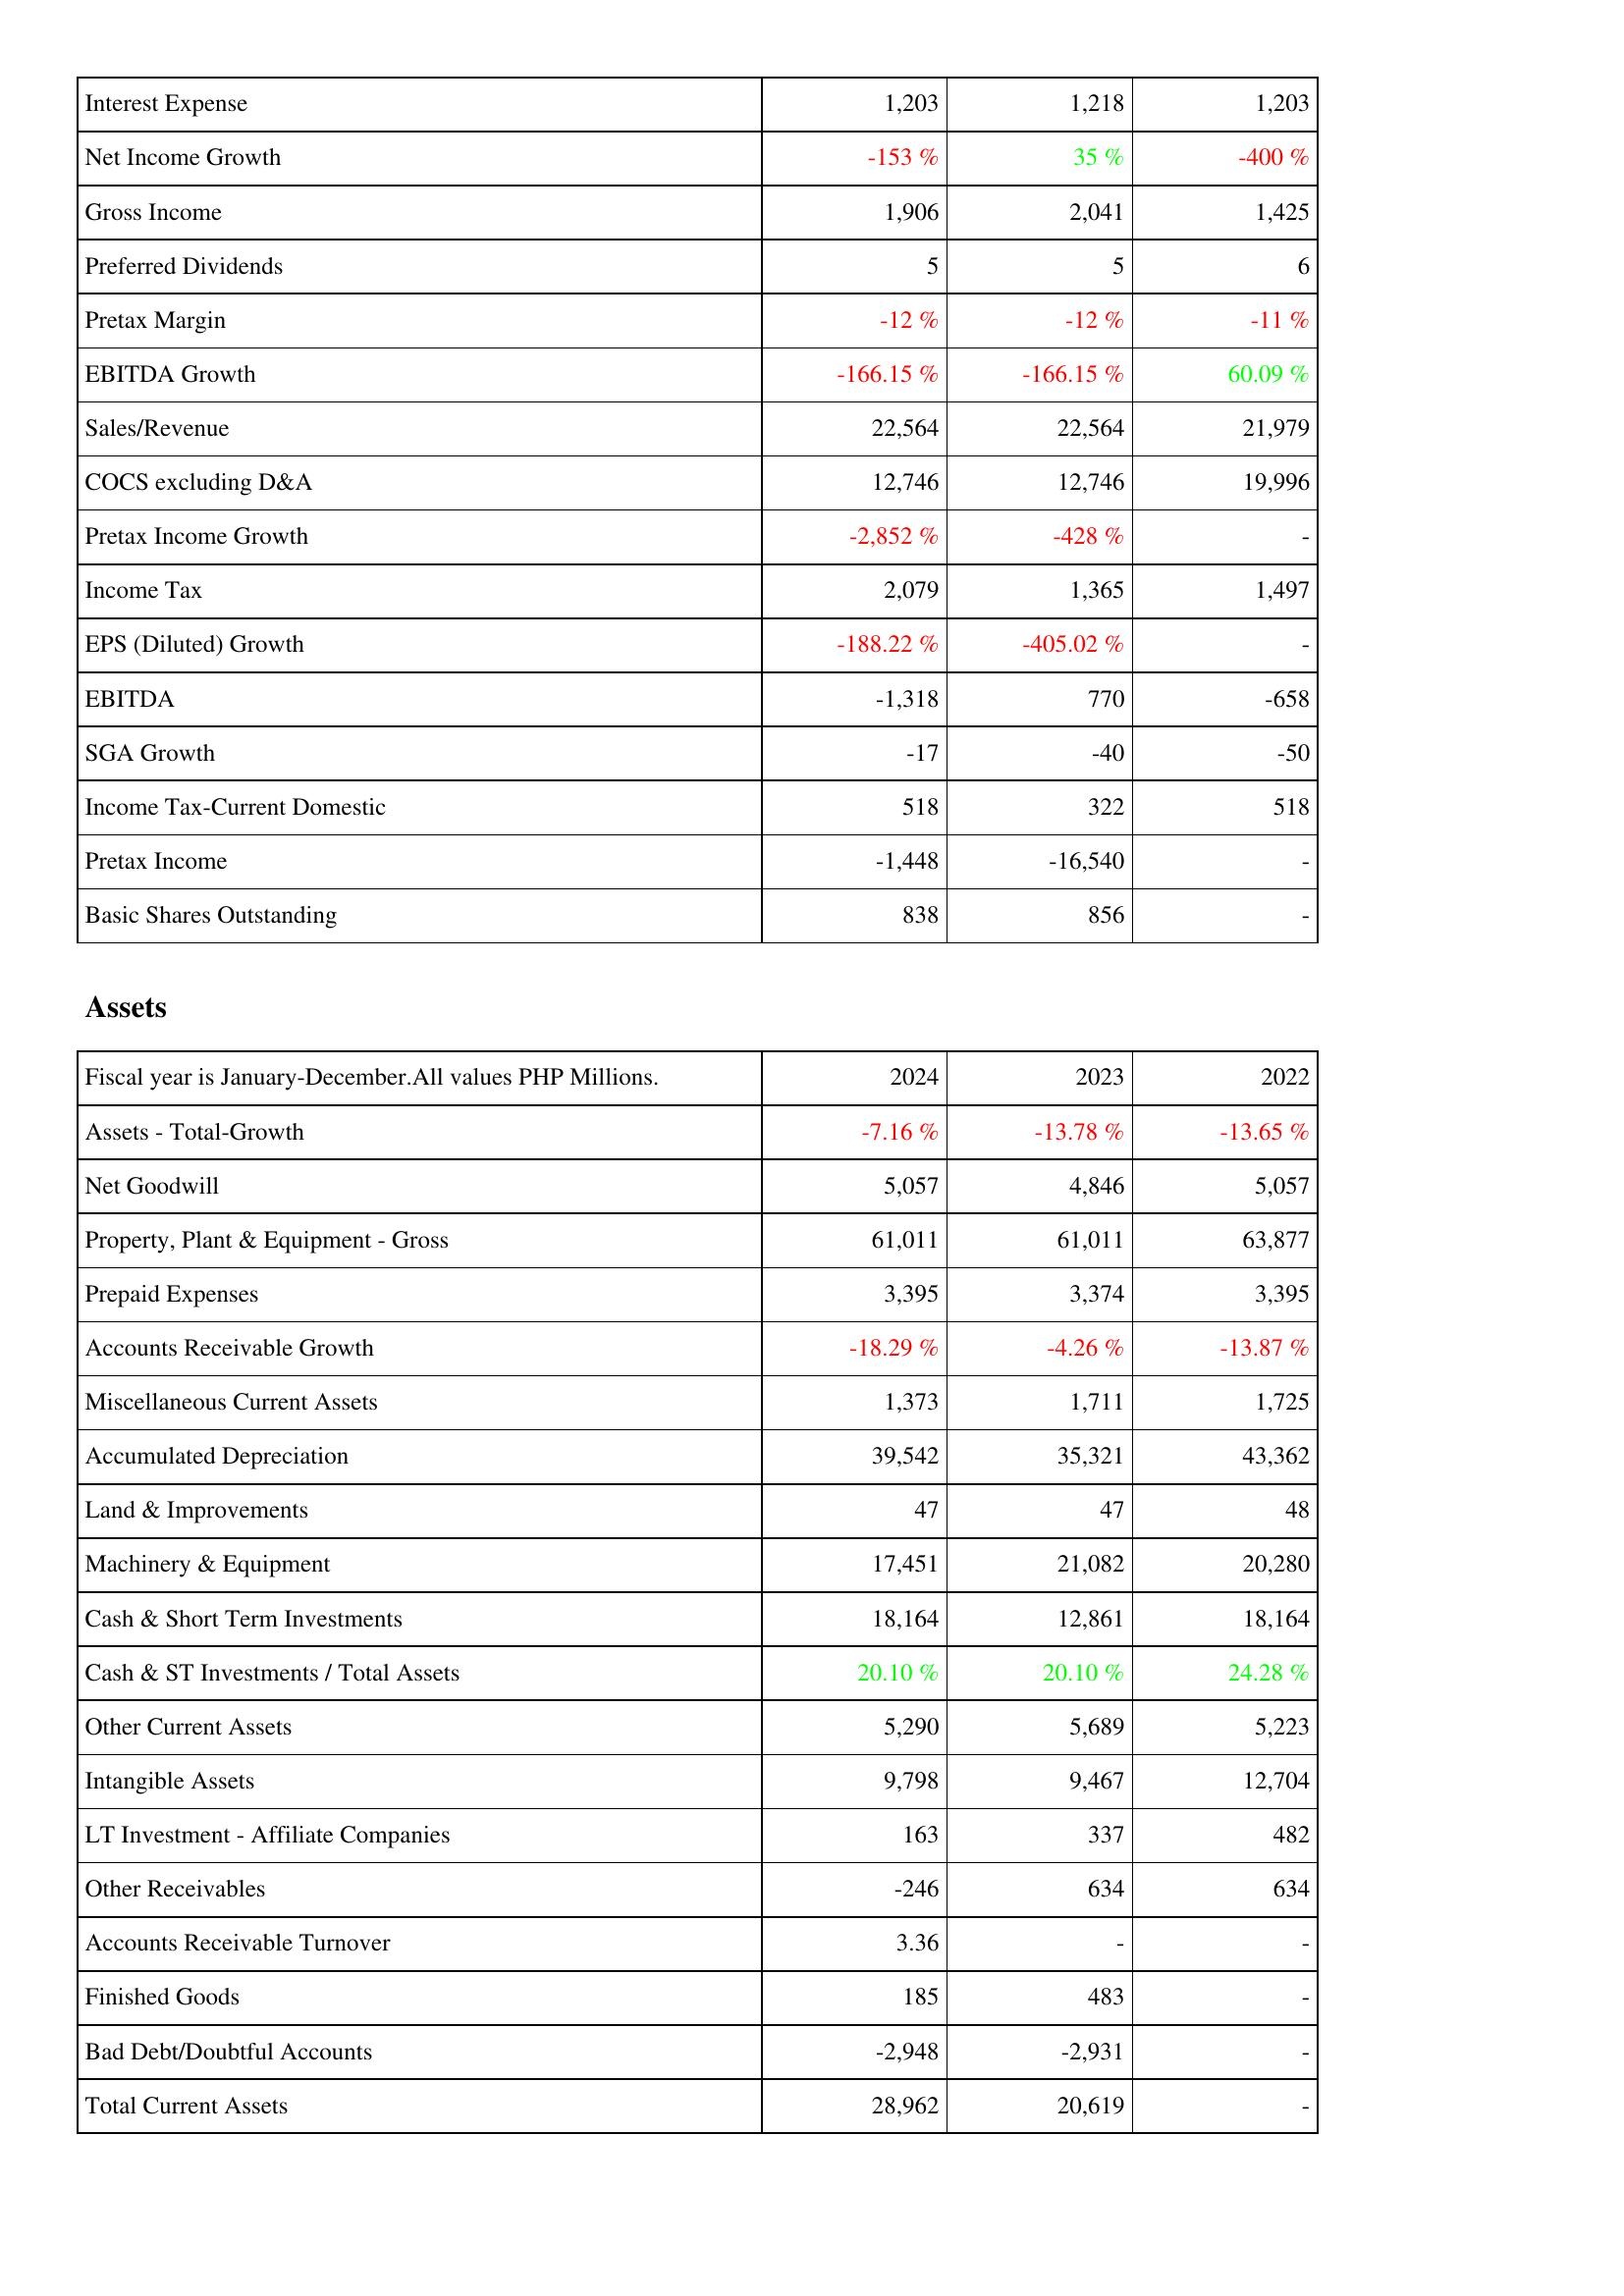
2024: Income Statement: Interest Expense: 1,203
Net Income Growth: -153 %
Gross Income: 1,906
Preferred Dividends: 5
Pretax Margin: -12 %
EBITDA Growth: -166.15 %
Sales/Revenue: 22,564
COCS excluding D&A: 12,746
Pretax Income Growth: -2,852 %
Income Tax: 2,079
EPS (Diluted) Growth: -188.22 %
EBITDA: -1,318
SGA Growth: -17
Income Tax-Current Domestic: 518
Pretax Income: -1,448
Basic Shares Outstanding: 838
Assets: Assets - Total-Growth: -7.16 %
Net Goodwill: 5,057
Property, Plant & Equipment - Gross: 61,011
Prepaid Expenses: 3,395
Accounts Receivable Growth: -18.29 %
Miscellaneous Current Assets: 1,373
Accumulated Depreciation: 39,542
Land & Improvements: 47
Machinery & Equipment: 17,451
Cash & Short Term Investments: 18,164
Cash & ST Investments / Total Assets: 20.10 %
Other Current Assets: 5,290
Intangible Assets: 9,798
LT Investment - Affiliate Companies: 163
Other Receivables: -246
Accounts Receivable Turnover: 3.36
Finished Goods: 185
Bad Debt/Doubtful Accounts: -2,948
Total Current Assets: 28,962
2023: Income Statement: Interest Expense: 1,218
Net Income Growth: 35 %
Gross Income: 2,041
Preferred Dividends: 5
Pretax Margin: -12 %
EBITDA Growth: -166.15 %
Sales/Revenue: 22,564
COCS excluding D&A: 12,746
Pretax Income Growth: -428 %
Income Tax: 1,365
EPS (Diluted) Growth: -405.02 %
EBITDA: 770
SGA Growth: -40
Income Tax-Current Domestic: 322
Pretax Income: -16,540
Basic Shares Outstanding: 856
Assets: Assets - Total-Growth: -13.78 %
Net Goodwill: 4,846
Property, Plant & Equipment - Gross: 61,011
Prepaid Expenses: 3,374
Accounts Receivable Growth: -4.26 %
Miscellaneous Current Assets: 1,711
Accumulated Depreciation: 35,321
Land & Improvements: 47
Machinery & Equipment: 21,082
Cash & Short Term Investments: 12,861
Cash & ST Investments / Total Assets: 20.10 %
Other Current Assets: 5,689
Intangible Assets: 9,467
LT Investment - Affiliate Companies: 337
Other Receivables: 634
Accounts Receivable Turnover: -
Finished Goods: 483
Bad Debt/Doubtful Accounts: -2,931
Total Current Assets: 20,619
2022: Income Statement: Interest Expense: 1,203
Net Income Growth: -400 %
Gross Income: 1,425
Preferred Dividends: 6
Pretax Margin: -11 %
EBITDA Growth: 60.09 %
Sales/Revenue: 21,979
COCS excluding D&A: 19,996
Pretax Income Growth: -
Income Tax: 1,497
EPS (Diluted) Growth: -
EBITDA: -658
SGA Growth: -50
Income Tax-Current Domestic: 518
Pretax Income: -
Basic Shares Outstanding: -
Assets: Assets - Total-Growth: -13.65 %
Net Goodwill: 5,057
Property, Plant & Equipment - Gross: 63,877
Prepaid Expenses: 3,395
Accounts Receivable Growth: -13.87 %
Miscellaneous Current Assets: 1,725
Accumulated Depreciation: 43,362
Land & Improvements: 48
Machinery & Equipment: 20,280
Cash & Short Term Investments: 18,164
Cash & ST Investments / Total Assets: 24.28 %
Other Current Assets: 5,223
Intangible Assets: 12,704
LT Investment - Affiliate Companies: 482
Other Receivables: 634
Accounts Receivable Turnover: -
Finished Goods: -
Bad Debt/Doubtful Accounts: -
Total Current Assets: -